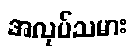
အလုပ်သမား